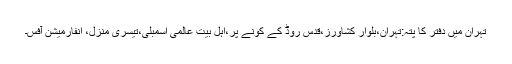
تہران میں دفتر کا پتہ:تہران،بلوار کشاورز،قدس روڈ کے کونے پر،اہل بیت عالمی اسمبلی،تیسری منزل، انفارمیشن آفس۔